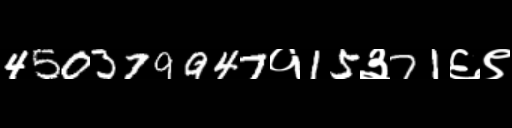
Text: 450379947१15३71६९